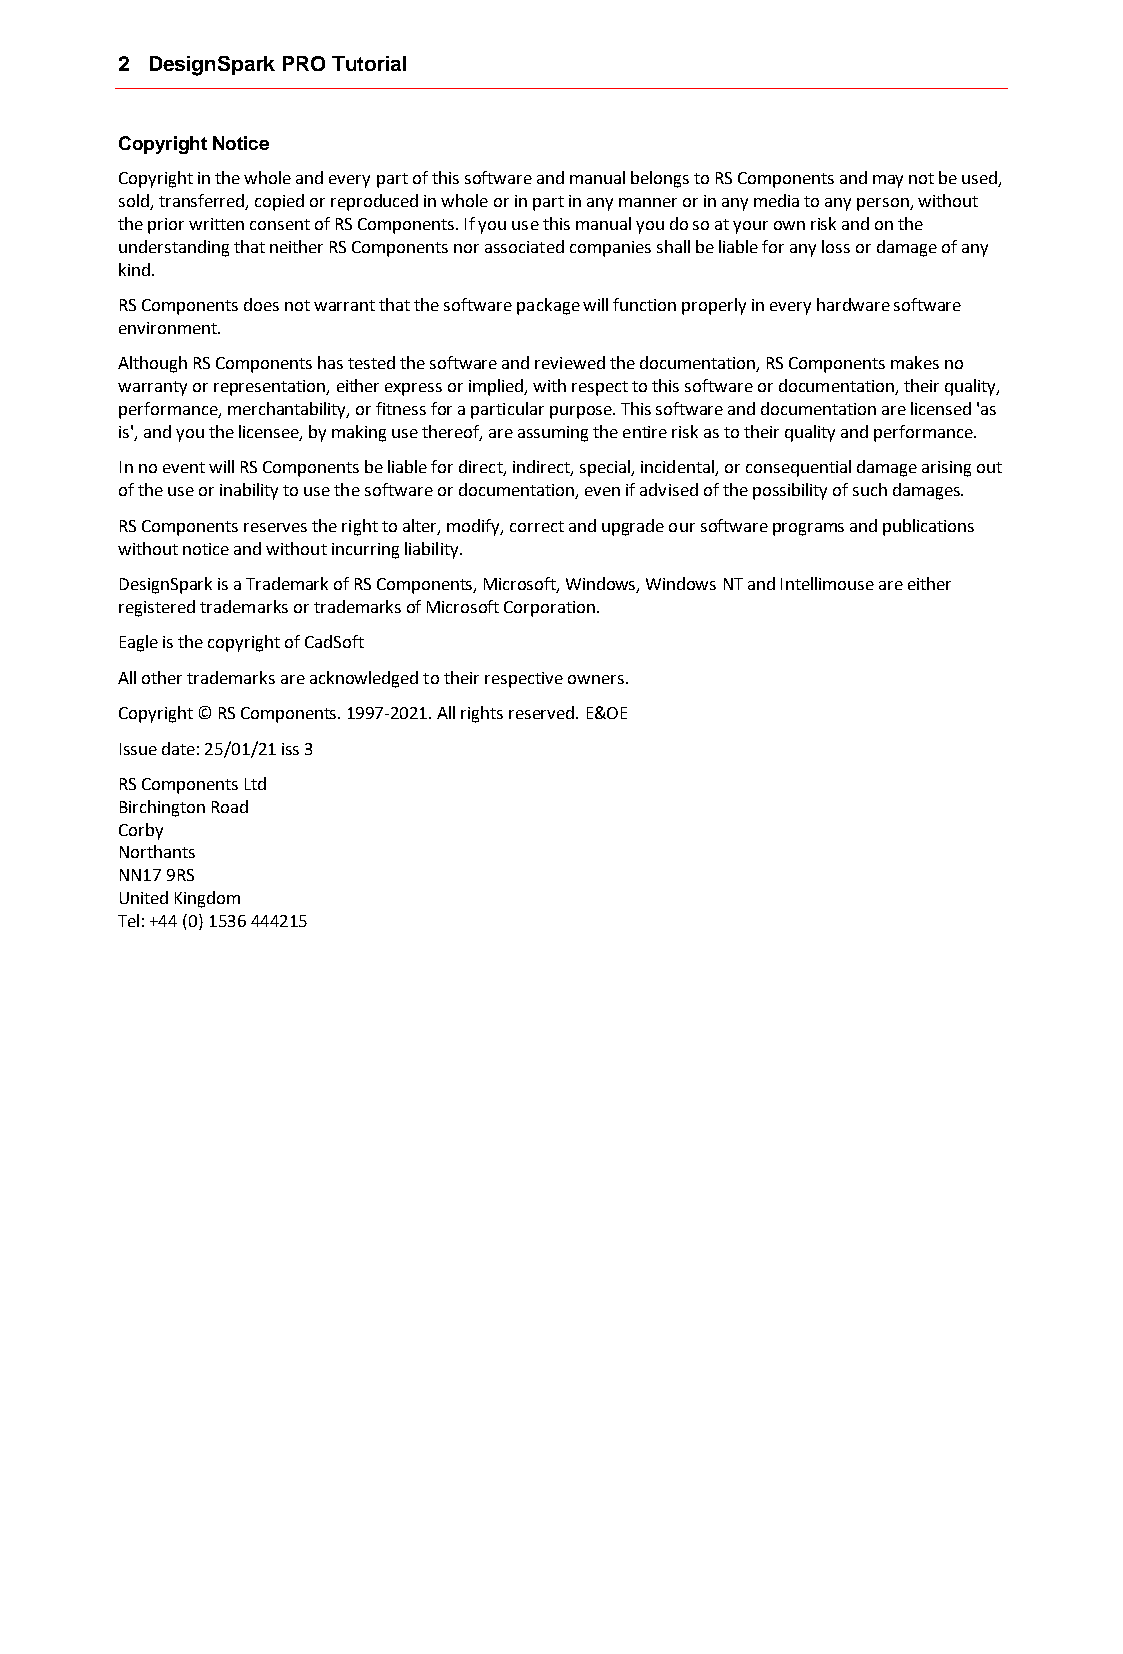
2 DesignSpark PRO Tutorial
 Copyright Notice
 Copyright in the whole and every part of this software and manual belongs to RS Components and may not be used,
 sold, transferred, copied or reproduced in whole or in part in any manner or in any media to any person, without
 the prior written consent of RS Components. If you use this manual you do so at your own risk and on the
 understanding that neither RS Components nor associated companies shall be liable for any loss or damage of any
 kind.
 RS Components does not warrant that the software package will function properly in every hardware software
 environment.
 Although RS Components has tested the software and reviewed the documentation, RS Components makes no
 warranty or representation, either express or implied, with respect to this software or documentation, their quality,
 performance, merchantability, or fitness for a particular purpose. This software and documentation are licensed 'as
 is', and you the licensee, by making use thereof, are assuming the entire risk as to their quality and performance.
 In no event will RS Components be liable for direct, indirect, special, incidental, or consequential damage arising out
 of the use or inability to use the software or documentation, even if advised of the possibility of such damages.
 RS Components reserves the right to alter, modify, correct and upgrade our software programs and publications
 without notice and without incurring liability.
 DesignSpark is a Trademark of RS Components, Microsoft, Windows, Windows NT and Intellimouse are either
 registered trademarks or trademarks of Microsoft Corporation.
 Eagle is the copyright of CadSoft
 All other trademarks are acknowledged to their respective owners.
 Copyright © RS Components. 1997-2021. All rights reserved. E&OE
 Issue date: 25/01/21 iss 3
 RS Components Ltd
 Birchington Road
 Corby
 Northants
 NN17 9RS
 United Kingdom
 Tel: +44 (0) 1536 444215